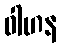
ဝါဟန